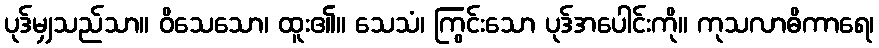
ပုဒ်မျှသည်သာ။ ဝိသေသော၊ ထူး၏။ သေသံ၊ ကြွင်းသော ပုဒ်အပေါင်းကို။ ကုသလာဓိကာရေ၊